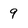
Character: 9